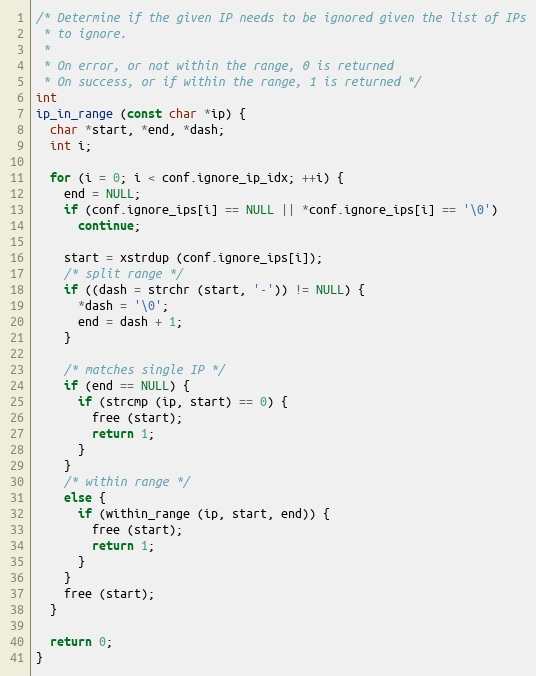
Language: C
/* Determine if the given IP needs to be ignored given the list of IPs
 * to ignore.
 *
 * On error, or not within the range, 0 is returned
 * On success, or if within the range, 1 is returned */
int
ip_in_range (const char *ip) {
  char *start, *end, *dash;
  int i;

  for (i = 0; i < conf.ignore_ip_idx; ++i) {
    end = NULL;
    if (conf.ignore_ips[i] == NULL || *conf.ignore_ips[i] == '\0')
      continue;

    start = xstrdup (conf.ignore_ips[i]);
    /* split range */
    if ((dash = strchr (start, '-')) != NULL) {
      *dash = '\0';
      end = dash + 1;
    }

    /* matches single IP */
    if (end == NULL) {
      if (strcmp (ip, start) == 0) {
        free (start);
        return 1;
      }
    }
    /* within range */
    else {
      if (within_range (ip, start, end)) {
        free (start);
        return 1;
      }
    }
    free (start);
  }

  return 0;
}